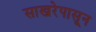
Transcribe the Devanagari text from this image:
साखरेपासून